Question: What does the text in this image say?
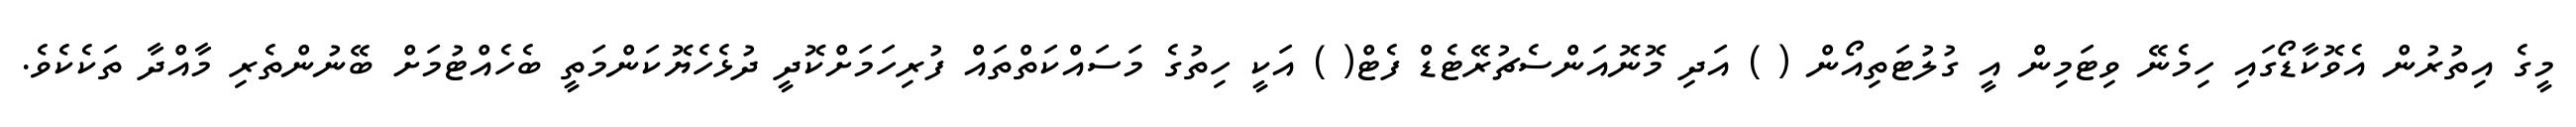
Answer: މީގެ އިތުރުން އެވޮކާޑޯގައި ހިމެނޭ ވިޓަމިން އީ ގުލުޓަތިއޯން ( ) އަދި މޮނޮއަންސެޗުރޭޓެޑް ފެޓް( ) އަކީ ހިތުގެ މަސައްކަތްތައް ފުރިހަމަށްކޮދީ ދުޅެހެޔޮކަންމަތީ ބެހެއްޓުމަށް ބޭނުންތެރި މާއްދާ ތަކެކެވެ.